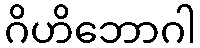
ဂိဟိဘောဂါ